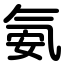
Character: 氨